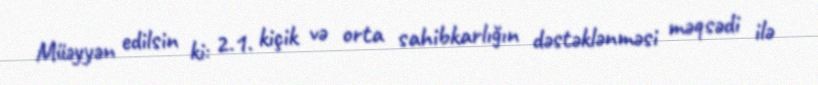
Müəyyən edilsin ki: 2.1. kiçik və orta sahibkarlığın dəstəklənməsi məqsədi ilə